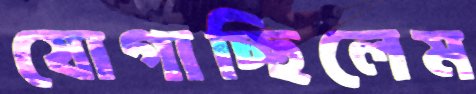
যোগাচ্ছিলেম